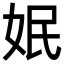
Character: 姄